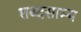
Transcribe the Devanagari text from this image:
शब्दसाम्य